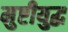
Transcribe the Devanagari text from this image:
मुष्टीयुद्ध